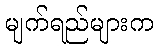
မျက်ရည်များက